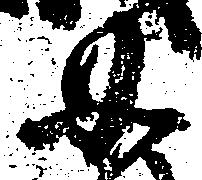
如